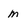
Character: M